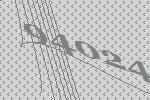
94024